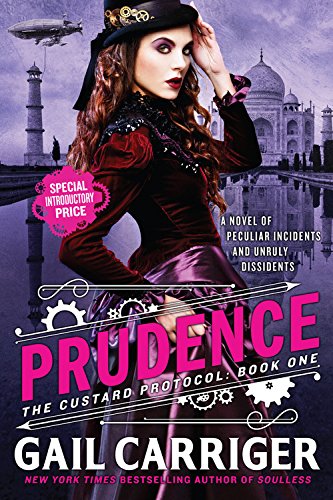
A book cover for Prudence (The Custard Protocol); Gail Carriger; Science Fiction & Fantasy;